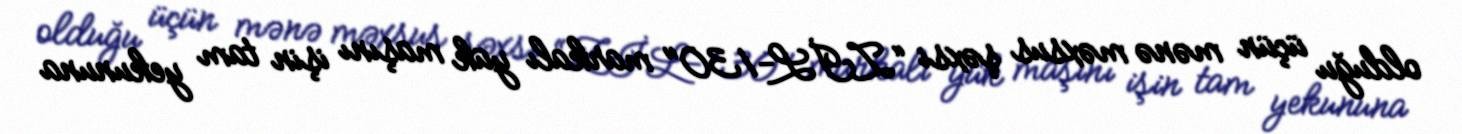
olduğu üçün mənə məxsus şəxsi “ZİL-130" markalı yük maşını işin tam yekununa